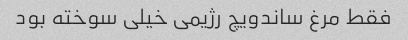
فقط مرغ ساندویچ رژیمی خیلی سوخته بود